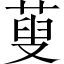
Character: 蓃